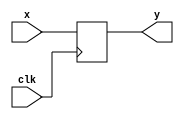
`timescale 1ns / 1ps
module pipo#(parameter size =4)(x,clk,y);
input [size-1:0]x;
input clk;
output reg [size-1:0]y;
always@(posedge clk) begin
y=x;
end
endmodule